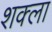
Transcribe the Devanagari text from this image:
शक्ला